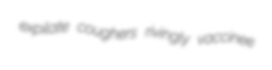
expilate coughers rivingly vaccinee